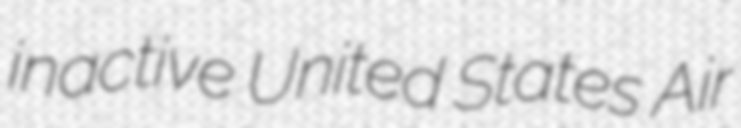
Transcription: inactive United States Air